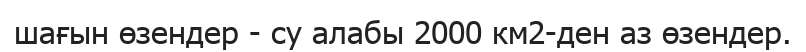
шағын өзендер - су алабы 2000 км2-ден аз өзендер.